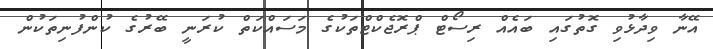
އޭނާ ވިދާޅުވި ގޮތުގައި ބައެއް ރިސޯޓް ޕްރޮޖެކްޓްތަކުގެ މަސައްކަތް ކުރަނީ ބޭރުގެ ކުންފުނިތަކުން